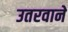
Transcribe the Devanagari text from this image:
उतरवाने